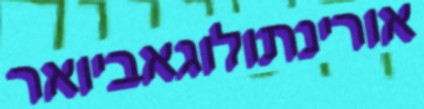
אורינתולוגאביואר